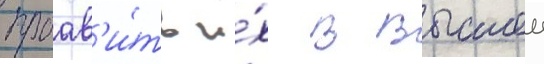
проав'и́ть и́х в высшеи